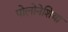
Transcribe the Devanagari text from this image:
पोलोनेशिया